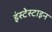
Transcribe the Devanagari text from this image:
इंस्टेस्टाइन